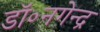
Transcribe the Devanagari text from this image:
डॉ॰नगेन्द्र